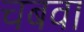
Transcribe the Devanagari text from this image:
चबवा